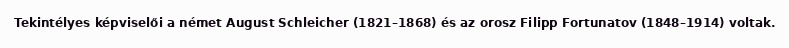
Tekintélyes képviselői a német August Schleicher (1821–1868) és az orosz Filipp Fortunatov (1848–1914) voltak.